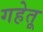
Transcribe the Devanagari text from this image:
गहेतू